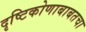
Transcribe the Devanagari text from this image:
दृष्टिकोणाबाबतचा